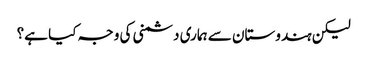
لیکن ہندوستان سے ہماری دشمنی کی وجہ کیا ہے؟